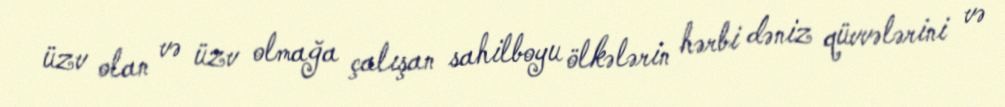
üzv olan və üzv olmağa çalışan sahilboyu ölkələrin hərbi dəniz qüvvələrini və